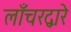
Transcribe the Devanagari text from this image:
लाँचरद्वारे